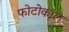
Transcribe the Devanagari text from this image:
फोटोकॉल